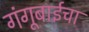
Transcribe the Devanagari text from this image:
गंगूबाईचा